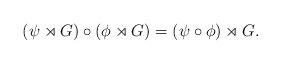
LaTeX: \begin{align*}(\psi\rtimes G)\circ(\phi\rtimes G)=(\psi\circ\phi)\rtimes G.\end{align*}